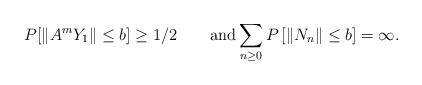
LaTeX: \begin{align*}P[\|A^mY_1\|\le b]\ge 1/2\quad \quad\mbox{and}\sum_{n\ge 0}P\left[\|N_n\|\le b\right]=\infty.\end{align*}